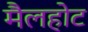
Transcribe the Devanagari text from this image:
मैलहोट